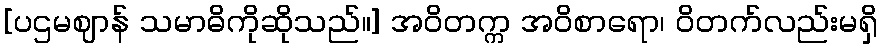
[ပဌမဈာန် သမာဓိကိုဆိုသည်။] အဝိတက္က အဝိစာရော၊ ဝိတက်လည်းမရှိ